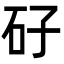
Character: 矷